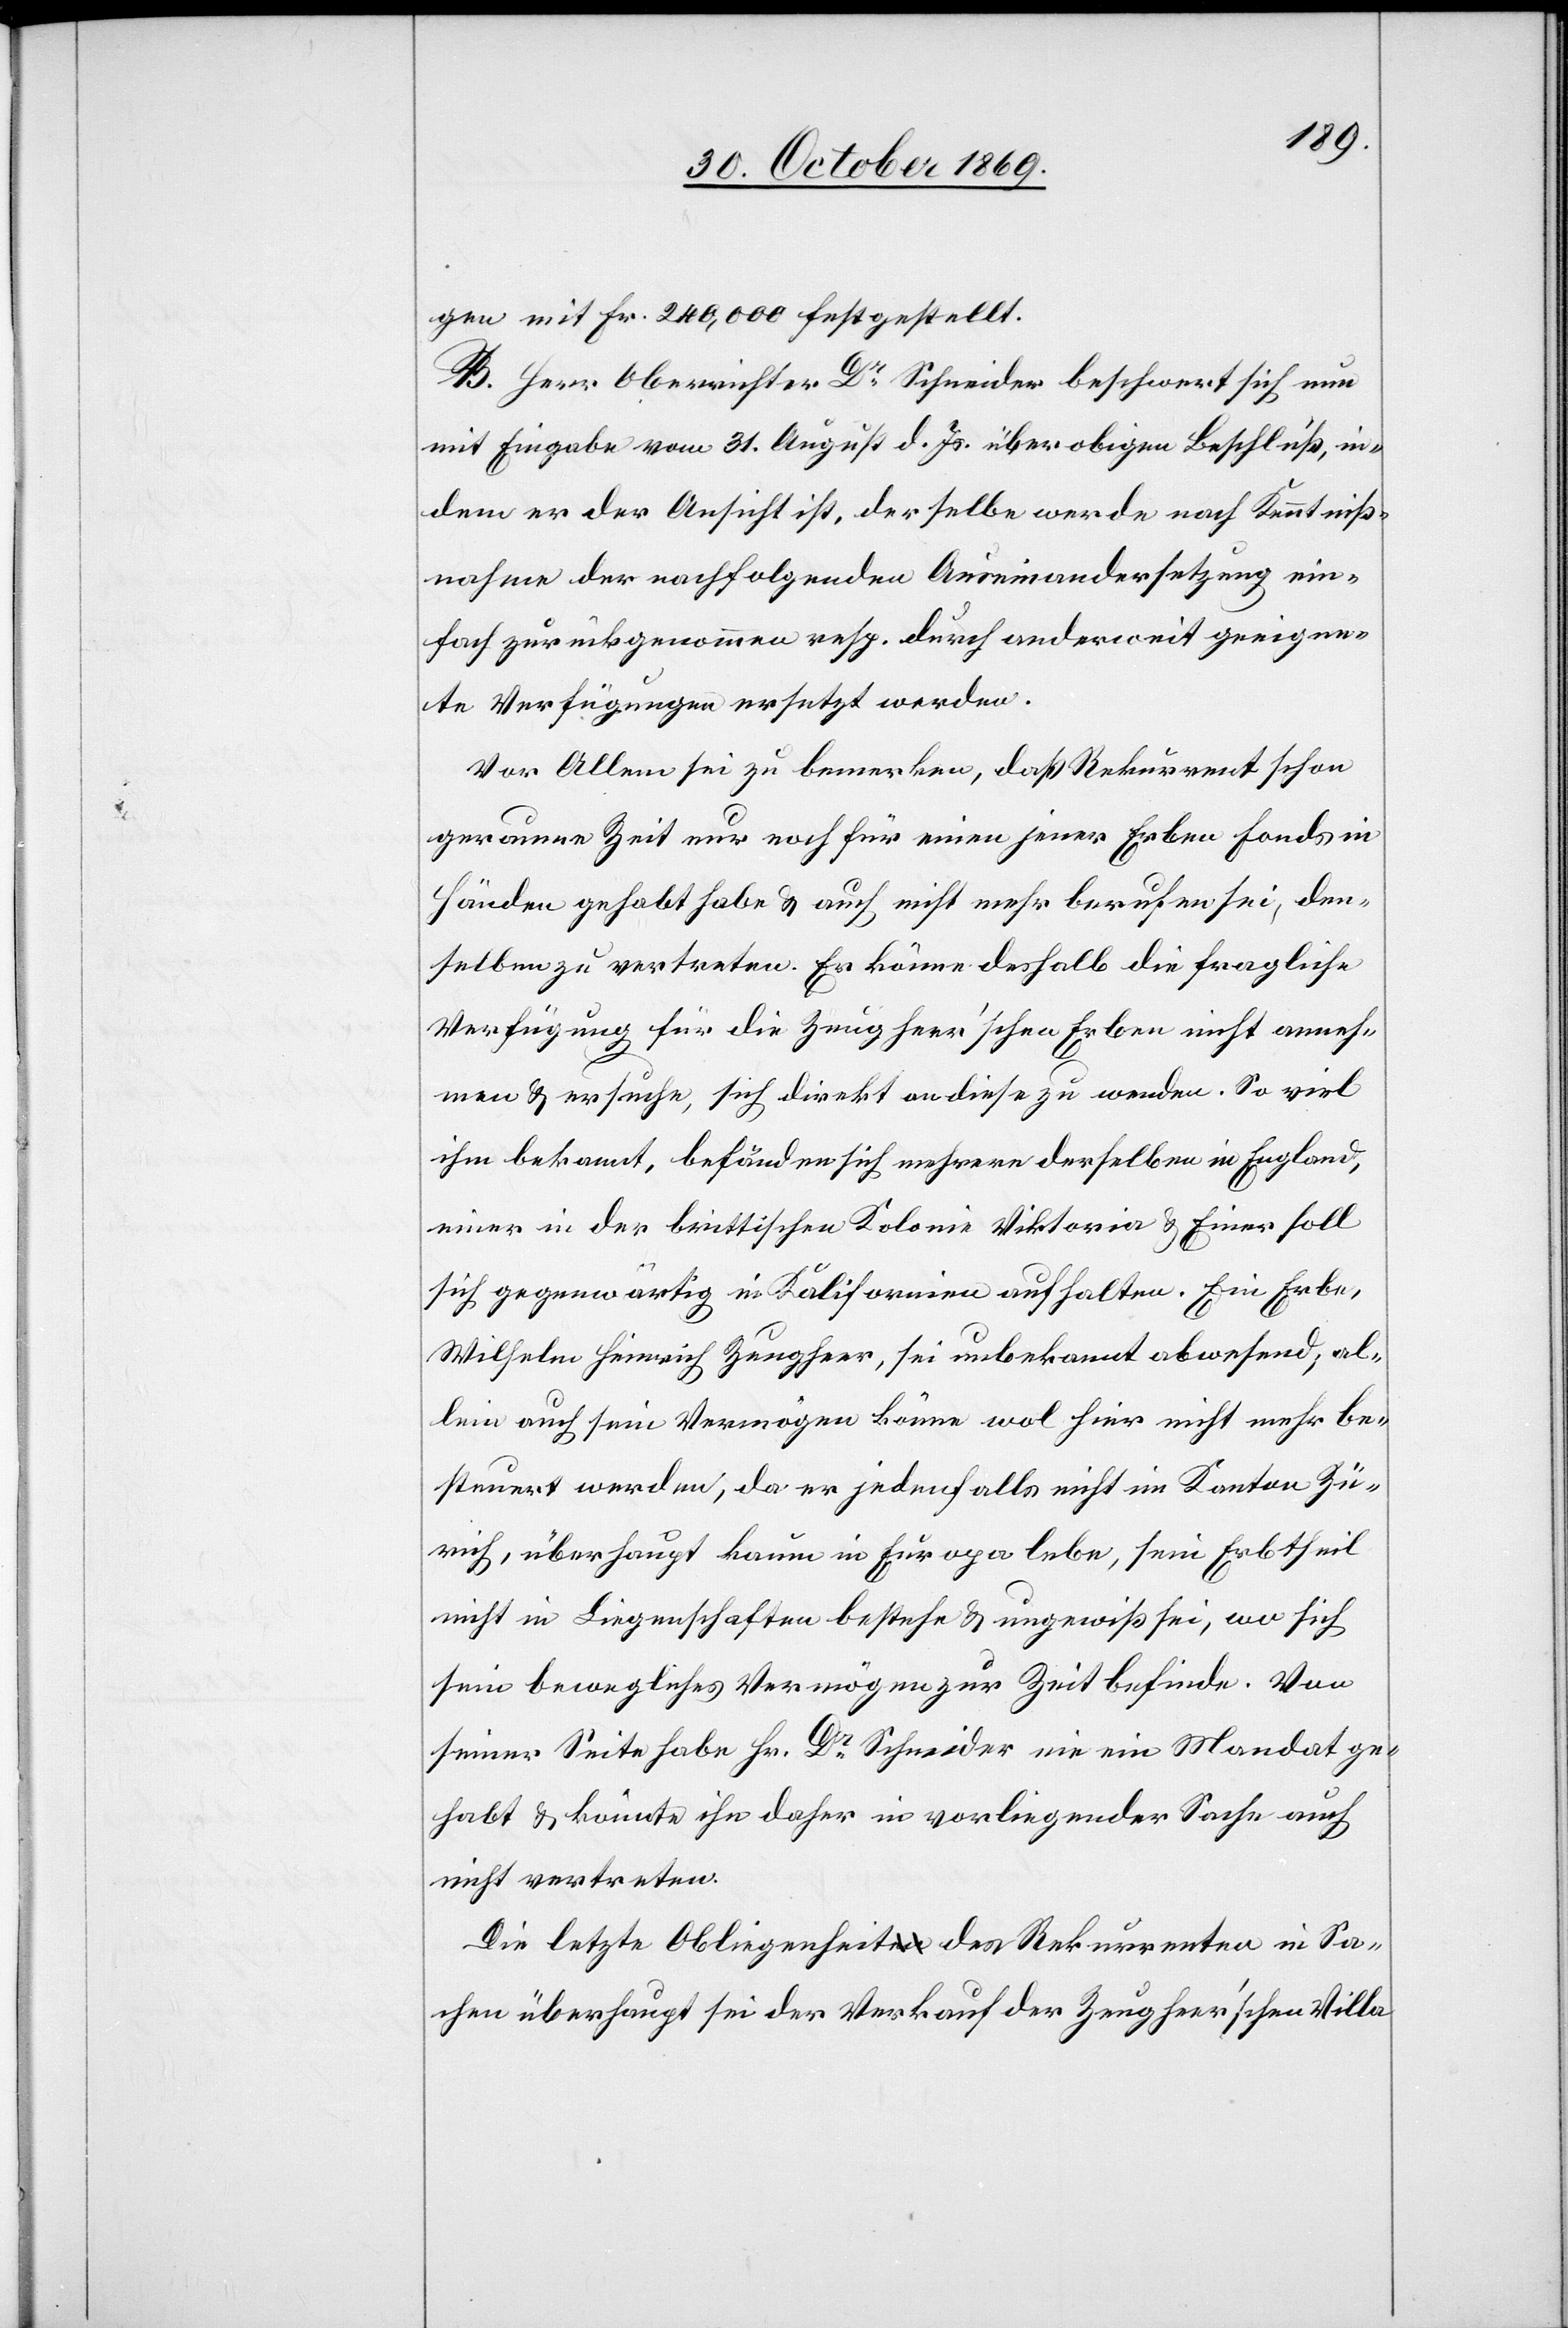
gen mit Fr. 240,000 festgestellt.
B. Herr Oberrichter Dr Schneider beschwert sich nun
mit Eingabe vom 31. August d. Js. über obigen Beschluß, in¬
dem er der Ansicht ist, derselbe werde nach Kenntniß¬
nahme der nachfolgenden Auseinandersetzung ein¬
fach zurückgenommen resp. durch anderweit geeigne¬
te Verfügungen ersetzt werden.
Vor Allem sei zu bemerken, daß Rekurrent schon
geraume Zeit nur noch für einen jener Erben Fonds in
Händen gehabt habe & auch nicht mehr berufen sei, den¬
selben zu vertreten. Er könne deshalb die fragliche
Verfügung für die Zeugheer’schen Erben nicht anneh¬
men & ersuche, sich direkt an diese zu wenden. So viel
ihm bekannt, befänden sich mehrere derselben in England,
einer in der brittischen Kolonie Viktoria & Einer soll
sich gegenwärtig in Kalifornien aufhalten. Ein Erbe,
Wilhelm Heinrich Zeugheer, sei unbekannt abwesend, al¬
lein auch sein Vermögen könne wol hier nicht mehr be¬
steuert werden, da er jedenfalls nicht im Kanton Zü¬
rich, überhaupt kaum in Europa lebe, sein Erbtheil
nicht in Liegenschaften bestehe & ungewiß sei, wo sich
sein bewegliches Vermögen zur Zeit befinde. Von
seiner Seite habe Hr. Dr Schneider nie ein Mandat ge¬
habt & könnte ihn daher in vorliegender Sache auch
nicht vertreten.
Die letzte Obliegenheit des Rekurrenten in Sa¬
chen überhaupt sei der Verkauf der Zeugheer’schen Villa